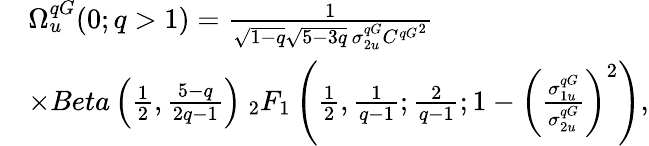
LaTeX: \begin{array}{rl}&{\Omega_{u}^{qG}(0;q>1)=\frac{1}{\sqrt{1-q}\sqrt{5-3q}\, \sigma_{2u}^{qG}{C^{qG}}^{2}}}\\ &{\times Beta\left(\frac{1}{2},\frac{5-q}{2q-1}\right)\ _{2}F_{1}\left(\frac{1}{2},\frac{1}{q-1};\frac{2}{q-1};1-\left(\frac{\sigma_{1u}^{qG}}{\sigma_{2u}^{qG}}\right)^{2}\right),}\end{array}